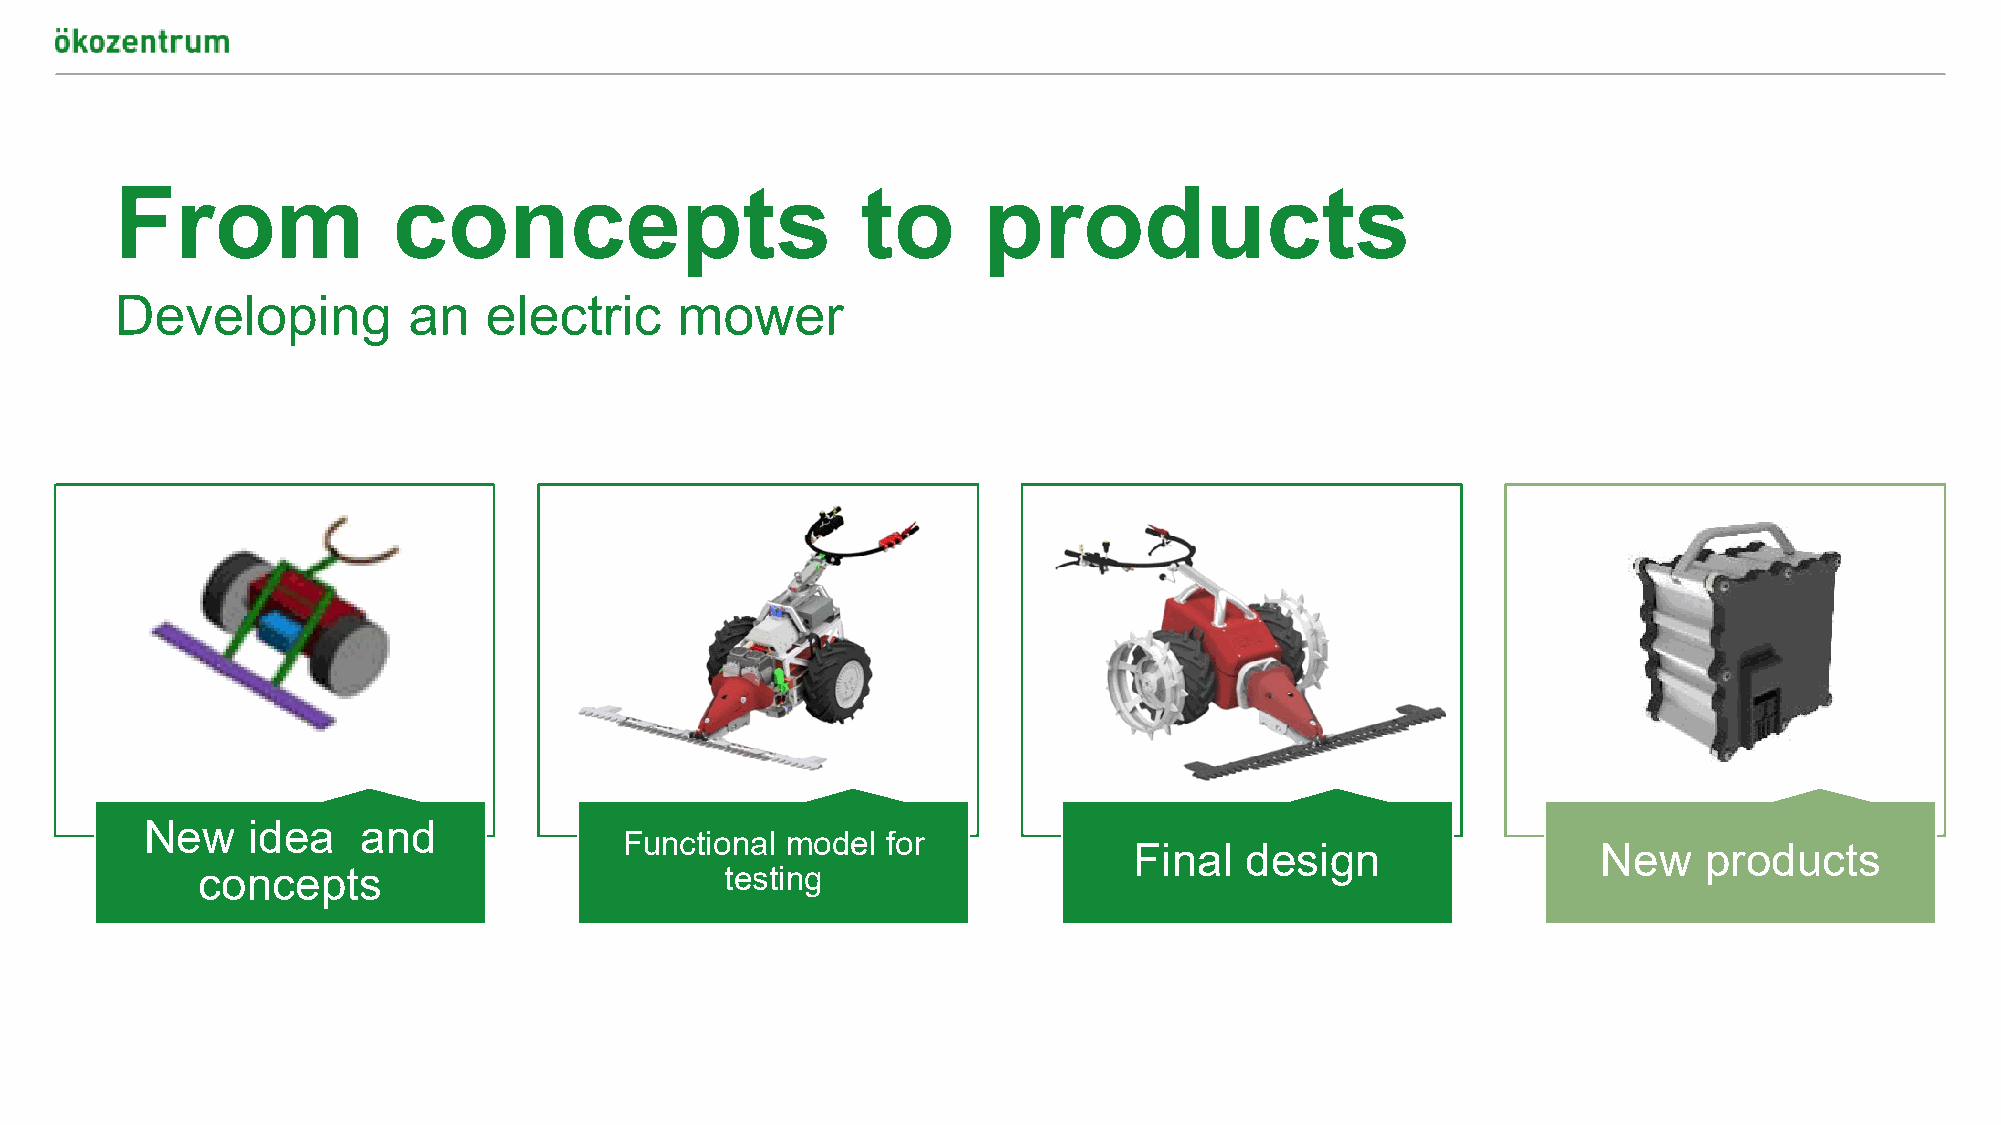
From              concepts                       to      products
 Developing         an   electric     mower
 New   idea    and
 Functional model  for
 Final  design                  New    products
 concepts                           testing